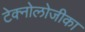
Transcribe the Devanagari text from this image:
टेक्नोलोजीका